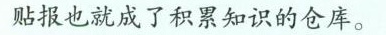
贴报也就成了积累知识的仓库。